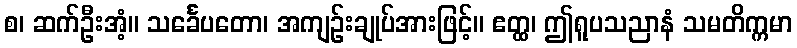
စ၊ ဆက်ဦးအံ့။ သင်္ခေပတော၊ အကျဉ်းချုပ်အားဖြင့်။ ဧတ္ထ၊ ဤရူပသညာနံ သမတိက္ကမာ